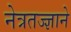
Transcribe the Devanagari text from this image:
नेत्रतज्ज्ञाने